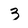
Character: 3